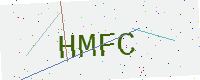
Text: HMFC